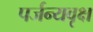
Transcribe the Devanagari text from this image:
पर्जन्यवृक्ष